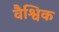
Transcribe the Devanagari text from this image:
वैश्विक